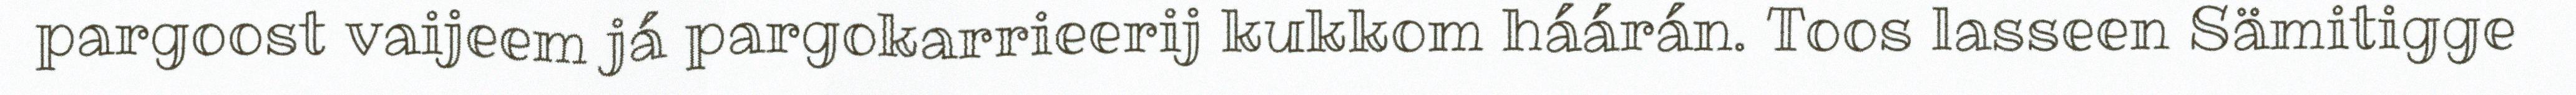
pargoost vaijeem já pargokarrieerij kukkom háárán. Toos lasseen Sämitigge